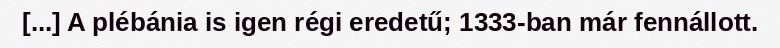
[...] A plébánia is igen régi eredetű; 1333-ban már fennállott.